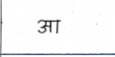
मजकूर: आ